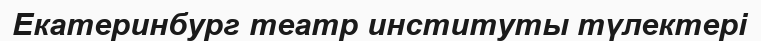
Екатеринбург театр институты түлектері